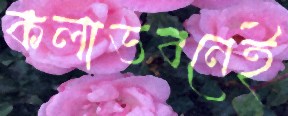
কলাভবনেই